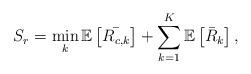
LaTeX: \begin{align*} S_r=\min_{k}\mathbb{E}\left[\bar{R_{c,k}}\right]+\sum_{k=1}^K \mathbb{E}\left[\bar{R}_k\right],\end{align*}